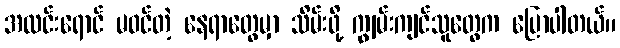
အလင်းရောင် မဝင်တဲ့ နေရာတွေမှာ သိမ်းဖို့ ကျွမ်းကျင်သူတွေက ပြောပါတယ်။